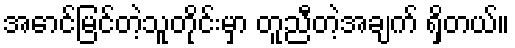
အောင်မြင်တဲ့သူတိုင်းမှာ တူညီတဲ့အချက် ရှိတယ်။